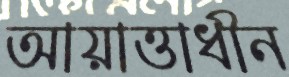
আয়াত্তাধীন